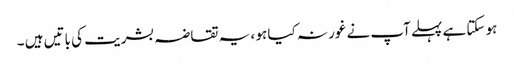
ہو سکتا ہے پہلے آپ نے غور نہ کیا ہو ، یہ تقاضہ بشریت کی باتیں ہیں ۔